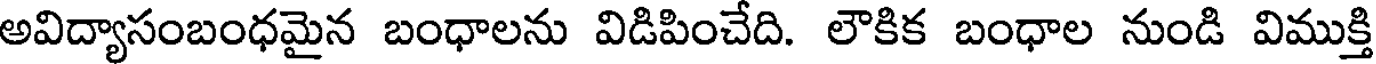
అవిద్యాసంబంధమైన బంధాలను విడిపించేది. లౌకిక బంధాల నుండి విముక్తి